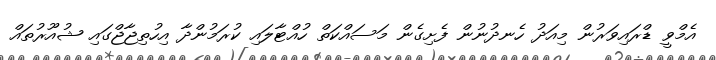
އެމްވީ ޑްރައިވަރުން މިއަދު ހެނދުނުން ފެށިގެން މަސައްކަތް ހުއްޓާލައި ކުރަމުންދާ އިހުތިޖާޖްގައި ޝުއޫރުތައް